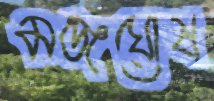
মঞ্জঘোষ